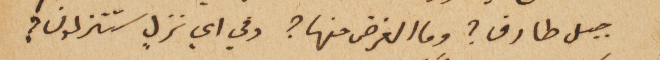
جبل طارق؟ وما الغرض منها؟ وفي اي نزلٍ ستنزلون؟